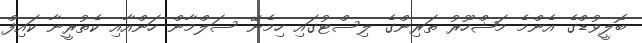
ބޮލީވުޑްގެ އެންމެ މަޝްހޫރު ތަރިންގެ ލިސްޓުގައި ހިމެނޭ ސަލްމާން ހަންއާއި ކެތުރީނާ ކައިފް